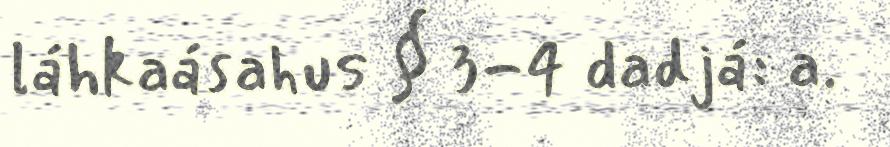
láhkaásahus § 3-4 dadjá: a.